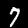
Digit: 7